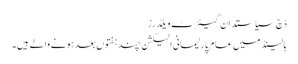
ڈچ سیاستدان گیئرٹ ویلڈرز
ہالینڈ میں عام پارلیمانی الیکشن چند ہفتوں بعد ہونے والے ہیں۔